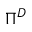
\Pi ^ { D }